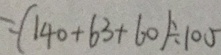
= ( 1 4 0 + 6 3 + 6 0 ) \div 1 0 5